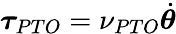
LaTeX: \boldsymbol{\tau}_{PTO}=\nu_{PTO}\dot{\boldsymbol{\theta}}